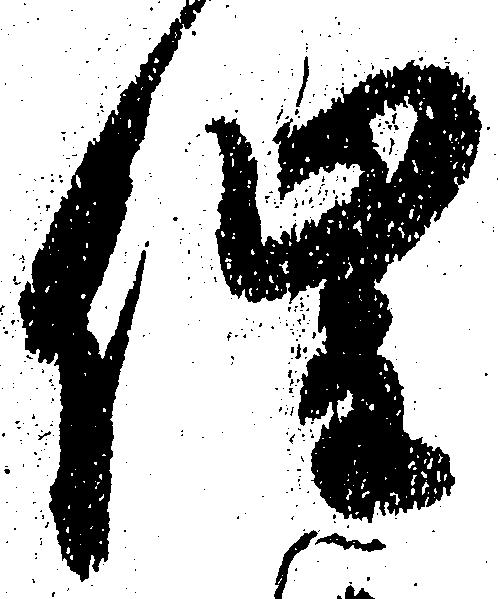
催